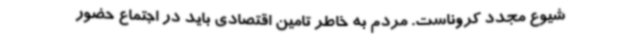
شیوع مجدد کروناست. مردم به خاطر تامین اقتصادی باید در اجتماع حضور